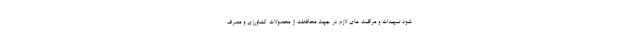
شود تمهیدات و مراقبت های لازم در جهت محافظت از محصولات کشاورزی و مصرف